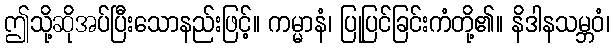
ဤသို့ဆိုအပ်ပြီးသောနည်းဖြင့်။ ကမ္မာနံ၊ ပြုပြင်ခြင်းကံတို့၏။ နိဒါနသမ္ဘဝံ၊